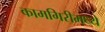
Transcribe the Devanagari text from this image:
कामगिरीमध्ये